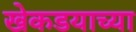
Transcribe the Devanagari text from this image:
खेकडयाच्या